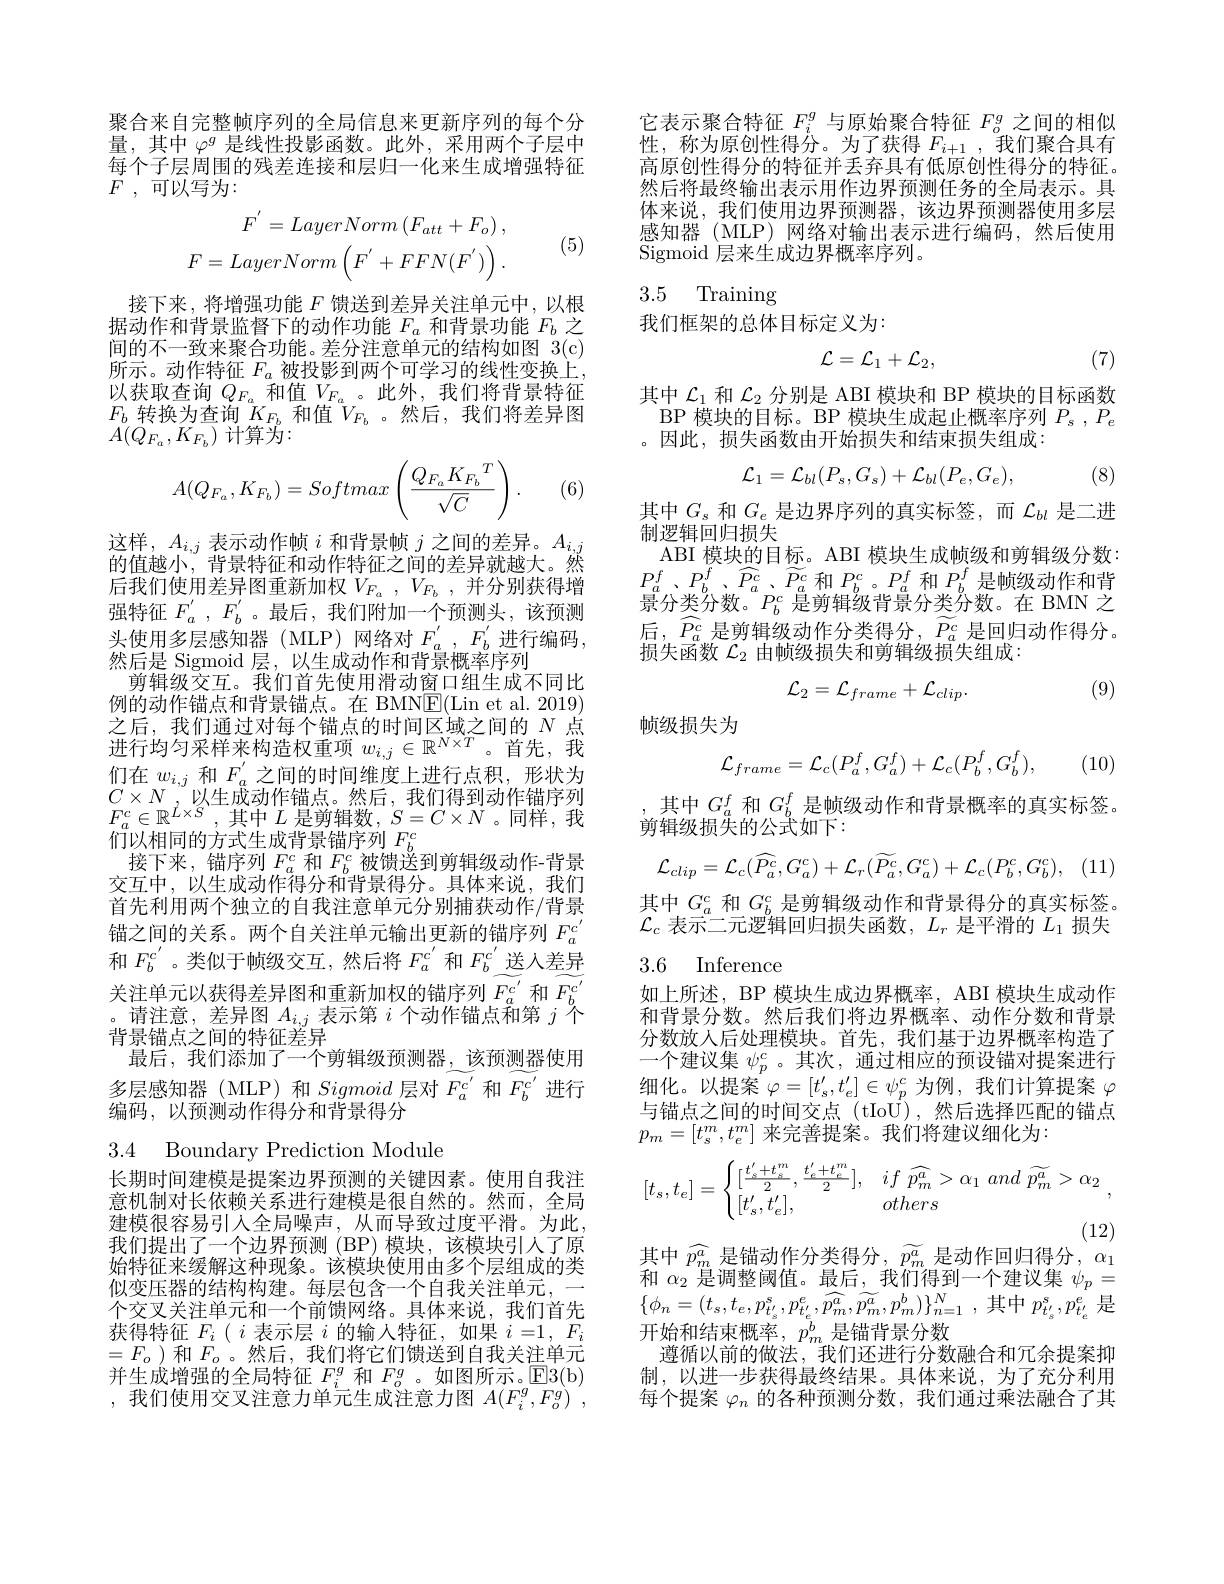
聚合来自完整帧序列的全局信息来更新序列的每个分量，其中$\varphi^g$是线性投影函数。此外，采用两个子层中每个子层周围的残差连接和层归一化来生成增强特征$F$ , 可以写为：
$$\begin{aligned}F^{'}&=LayerNorm\left(F_{att}+F_{o}\right),\\F&=LayerNorm\left(F^{'}+FFN(F^{'})\right).\end{aligned}$$
(5)

接下来，将增强功能$F$馈送到差异关注单元中，以根据动作和背景监督下的动作功能$F_a$和背景功能$F_b$之间的不一致来聚合功能。差分注意单元的结构如图 3(c) 所示。动作特征$F_a$被投影到两个可学习的线性变换上， 以获取查询$Q_{F_a}$和值$V_{F_a}$ 。此外，我们将背景特征$F_b$转换为查询$\bar{K}_{F_b}$和值$V_{F_b}$ 。然后，我们将差异图$A(Q_{F_a},K_{F_b})$计算为：
$$A(Q_{F_a},K_{F_b})=Softmax\left(\frac{Q_{F_a}K_{F_b}{}^T}{\sqrt{C}}\right).$$
(6

这样，$A_i,j$表示动作帧$i$和背景帧$j$之间的差异。$A_i,j$ 的值越小，背景特征和动作特征之间的差异就越大。然后我们使用差异图重新加权$V_{F_a}$ , $V_{F_b}$ , 并分别获得增强特征$F_a^{\prime},F_b^{\prime}$。最后，我们附加一个预测头，该预测头使用多层感知器(MLP)网络对 $F_a^{\prime},F_b^{\prime}$进行编码， 然后是 Sigmoid 层，以生成动作和背景概率序列
剪辑级交互。我们首先使用滑动窗口组生成不同比例的动作锚点和背景锚点。在 BMNE(Lin et al. 2019) 之后，我们通过对每个锚点的时间区域之间的$N$点进行均匀采样来构造权重项$w_i,j\in\mathbb{R}^{N\times T}$。首先，我们在$w_{i,j}$和$F_a^{^{\prime}}$之间的时间维度上进行点积，形状为$C\times N,\bar{\text{以生成动作锚点。然后，我们得到动作锚序列}}$ $F_{a}^{c}\in \mathbb{R} ^{L\times S}$ , 其中$L$ 是剪辑数，$S= C\times N$。同样，我们以相同的方式生成背景锚序列$F_b^c$
接下来，锚序列$F_a^c$和$F_b^c$被馈送到剪辑级动作-背景交互中，以生成动作得分和背景得分。具体来说，我们首先利用两个独立的自我注意单元分别捕获动作/背景锚之间的关系。两个自关注单元输出更新的锚序列$F_{a}^{c^{\prime}}$ 和$F_b^{c^{\prime}}$。类似于帧级交互，然后将$F_a^{c^{\prime}}$和$F_b^{c^{\prime}}$送入差异关注单元以获得差异图和重新加权的锚序列$\widetilde F_{a}^{c^{\prime}}$和$\widetilde F_{b}^{c^{\prime}}$ 。请注意，差异图$A_i,j$表示第$i$个动作锚点和第$j$个背景锚点之间的特征差异
最后，我们添加了一个剪辑级预测器，该预测器使用多层感知器(MLP)和Sigmoid层对$\widetilde F_{a}^{c^{\prime}}$和$\widetilde F_{b}^{c^{\prime}}$进行编码，以预测动作得分和背景得分

3.4 Boundary Prediction Module

长期时间建模是提案边界预测的关键因素。使用自我注意机制对长依赖关系进行建模是很自然的。然而，全局建模很容易引人全局噪声，从而导致过度平滑。为此， 我们提出了一个边界预测(BP)模块，该模块引人了原始特征来缓解这种现象。该模块使用由多个层组成的类似变压器的结构构建。每层包含一个自我关注单元，一个交叉关注单元和一个前馈网络。具体来说，我们首先获得特征$F_{i}\left(\begin{array}{c}i\text{ 表示层 }i\\\end{array}\text{的输入特征，如果 }i=1,&F_{i}\end{array}\right.$ $=F_o$ )和$F_o$ 。然后，我们将它们馈送到自我关注单元并生成增强的全局特征$F_i^g$和$F_o^g$ 。如图所示。$\mathbb{E}3($b) ,我们使用交叉注意力单元生成注意力图$A(F_i^g,F_o^g)^{\prime}$,

它表示聚合特征$F_i^g$与原始聚合特征$F_o^g$之间的相似性，称为原创性得分。为了获得$F_i+1$,我们聚合具有高原创性得分的特征并丢弃具有低原创性得分的特征。然后将最终输出表示用作边界预测任务的全局表示。具体来说，我们使用边界预测器，该边界预测器使用多层感知器(MLP)网络对输出表示进行编码，然后使用Sigmoid 层来生成边界概率序列。

## 3.5 Training

我们框架的总体目标定义为：
$$\mathcal{L}=\mathcal{L}_1+\mathcal{L}_2,$$
(7)

其中$\mathcal{L}_{1}$和$\mathcal{L}_{2}$分别是 ABI 模块和 BP 模块的目标函数
BP 模块的目标。BP 模块生成起止概率序列$P_s$ $, P_e$
。因此、损失函数由开始损失和结束损失组成：
$$\mathcal{L}_1=\mathcal{L}_{bl}(P_s,G_s)+\mathcal{L}_{bl}(P_e,G_e),$$
(8)

其中$G_s$和$G_e$是边界序列的真实标签，而$\mathcal{L}_bl$是二进
制逻辑回归损失
ABI 模块的目标。ABI 模块生成帧级和剪辑级分数： $P_{a}^{f}$ $、 P_{b}^{f}$ $、 \widehat{P_{a}^{c}}$ $、 \widetilde{P_{a}^{c}}$ 和$P_{b}^{c}$ $。P_{a}^{f}$ 和$P_{b}^{f}$是帧级动作和背$\bar{\text{景分类分数。}P_b^c\text{ 是剪辑级背景分类分数。在 BMN 之}}$ 后，$P_a^{c}$是剪辑级动作分类得分，$P_a^{c}$是回归动作得分。损失函数$\mathcal{L}_2$由帧级损失和剪辑级损失组成：

(9)
$$\mathcal{L}_{2}=\mathcal{L}_{frame}+\mathcal{L}_{clip}.$$
帧级损失为
$$\mathcal{L}_{frame}=\mathcal{L}_{c}(P_{a}^{f},G_{a}^{f})+\mathcal{L}_{c}(P_{b}^{f},G_{b}^{f}),$$
(10)

其中$G_a^f$和$G_b^f$是帧级动作和背景概率的真实标签。
$\bar{\text{剪辑级损失的公式如下}}:$
$$\mathcal{L}_{clip}=\mathcal{L}_{c}(\widehat{P_{a}^{c}},G_{a}^{c})+\mathcal{L}_{r}(\widetilde{P_{a}^{c}},G_{a}^{c})+\mathcal{L}_{c}(P_{b}^{c},G_{b}^{c}),$$
其中$G_a^c$和$G_b^c$是剪辑级动作和背景得分的真实标签。$\mathcal{L}_c$表示二元逻辑回归损失函数，$L_r$是平滑的$L_1$损失

3.6 Inference

如上所述，BP 模块生成边界概率，ABI 模块生成动作和背景分数。然后我们将边界概率、动作分数和背景分数放人后处理模块。首先，我们基于边界概率构造了一个建议集$\psi_p^c$ 。其次，通过相应的预设锚对提案进行细化。以提案$\varphi=[t_s^{\prime},t_e^{\prime}]\in\psi_p^c$为例 ,我们计算提案$\varphi$ 与锚点之间的时间交点 (tIoU),然后选择匹配的锚点$p_m=[t_s^m,t_e^m]$来完善提案。我们将建议细化为：
$$[t_s,t_e]=\begin{cases}[\frac{t_s'+t_s^m}{2},\frac{t_e'+t_e^m}{2}],&\:if\:\widehat{p_m^a}>\alpha_1\:and\:\widetilde{p_m^a}>\alpha_2\\[t_s',t_e'],&\:others\end{cases},$$
(12)
其中$\widehat{p_m^a}$是锚动作分类得分 , $\widetilde{p_m^a}$是动作回归得分$,\alpha_1$

和$\alpha_2$是调整阈值。最后，我们得到一个建议集$\psi_p=$ $\{ \phi _{n}= ( t_{s}, t_{e}, p_{t_{s}^{\prime }}^{s}, p_{t_{e}^{\prime }}^{e}, \widehat{p_{m}^{a}} , \widetilde{p_{m}^{a}} , p_{m}^{b}) \} _{n= 1}^{N}$ ,其中$p_t_{s^{\prime}}^{s},p_{t_{e}^{\prime}}^{e}$ 是开始和结束概率，$p_m^b$是锚背景分数
遵循以前的做法，我们还进行分数融合和冗余提案抑制，以进一步获得最终结果。具体来说，为了充分利用每个提案$\varphi_n$的各种预测分数，我们通过乘法融合了其